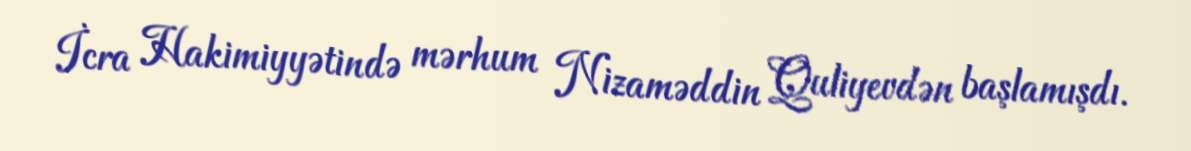
İcra Hakimiyyətində mərhum Nizaməddin Quliyevdən başlamışdı.